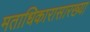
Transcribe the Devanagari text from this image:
मताधिकारासारख्या